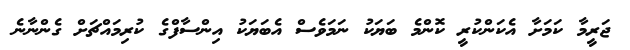
ޖަރީމާ ކަމަށާ އެކަންކުރީ ކޮންމެ ބަޔަކު ނަމަވެސް އެބަޔަކު އިންސާފްގެ ކުރިމައްޗަށް ގެންނާނެ